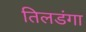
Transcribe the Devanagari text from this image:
तिलडंगा